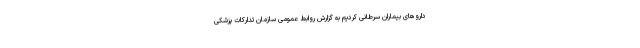
داروهای بیماران سرطانی کردیم به گزارش روابط عمومی سازمان تدارکات پزشکی